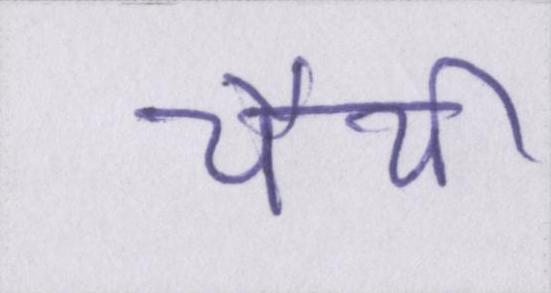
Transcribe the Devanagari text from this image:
चैथी